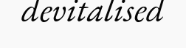
devitalised